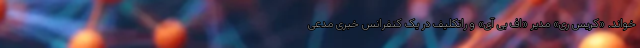
خواند. «کریس ری» مدیر «اف بی آی» و راتکلیف در یک کنفرانس خبری مدعی